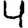
Digit: 4